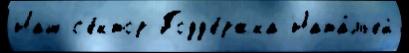
Наш с'е́ктор Подд'е́ржка Ната́льей